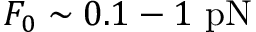
F _ { 0 } \sim 0 . 1 - 1 ~ \mathrm { p N }